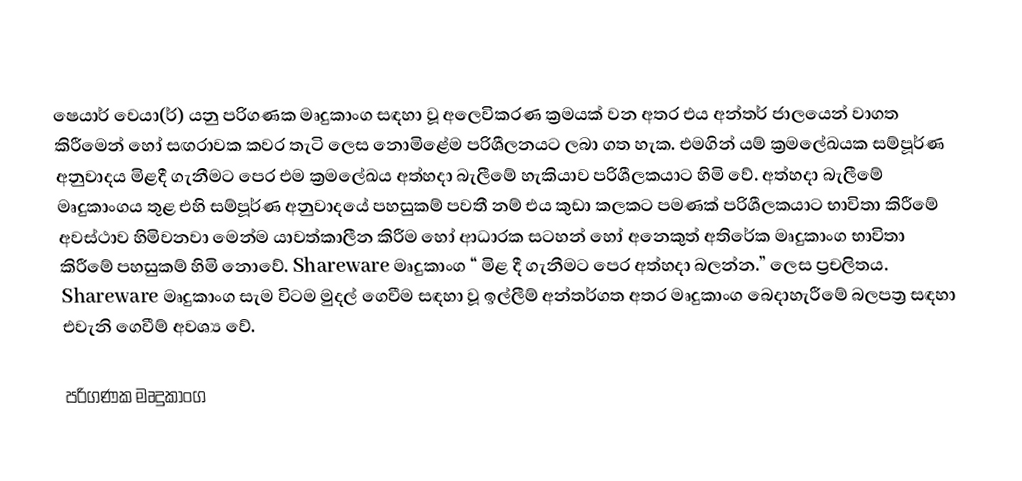
ෂෙයාර් වෙයා(ර්) යනු පරිගණක මෘදුකාංග සඳහා වූ අලෙවිකරණ ක්‍රමයක් වන අතර එය අන්තර් ජාලයෙන් වාගත කිරීමෙන් හෝ සඟරාවක කවර තැටි ලෙස නොමිළේම පරිශීලනයට ලබා ගත හැක. එමගින් යම් ක්‍රමලේඛයක සම්පූර්ණ අනුවාදය මිළදී ගැනීමට පෙර එම ක්‍රමලේඛය අත්හදා බැලීමේ හැකියාව පරිශීලකයාට හිමි වේ. අත්හදා බැලීමේ මෘදුකාංගය තුළ එහි සම්පූර්ණ අනුවාදයේ පහසුකම් පවතී නම් එය කුඩා කලකට පමණක් පරිශීලකයාට භාවිතා කිරීමේ අවස්ථාව හිමිවනවා මෙන්ම යාවත්කාලීන කිරීම හෝ ආධාරක සටහන් හෝ අනෙකුත් අතිරේක මෘදුකාංග භාවිතා කිරීමේ පහසුකම් හිමි නොවේ. Shareware මෘදුකාංග “ මිළ දී ගැනීමට පෙර අත්හදා බලන්න.” ලෙස ප්‍රචලිතය. Shareware මෘදුකාංග සැම විටම මුදල් ගෙවීම සඳහා වූ ඉල්ලීම් අන්තර්ගත අතර මෘදුකාංග බෙදාහැරීමේ බලපත්‍ර සඳහා එවැනි ගෙවීම් අවශ්‍ය වේ.

පරිගණක මෘදුකාංග